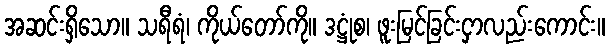
အဆင်းရှိသော။ သရီရံ၊ ကိုယ်တော်ကို။ ဒဋ္ဌုံစ၊ ဖူးမြင်ခြင်းငှာလည်းကောင်း။